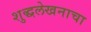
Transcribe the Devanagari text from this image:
शुद्धलेखनाचा